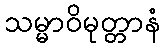
သမ္မာဝိမုတ္တာနံ